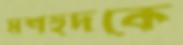
মশহুদকে